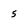
Character: 5